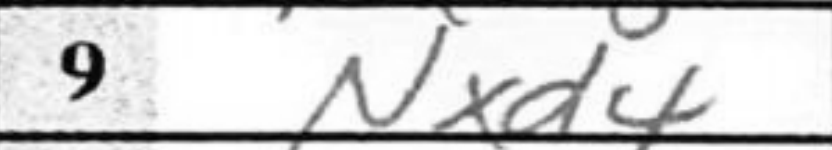
Transcription: Nxd4